Report on vaccination in Madras 1922-1929 - 1922-1929
Year: 1922
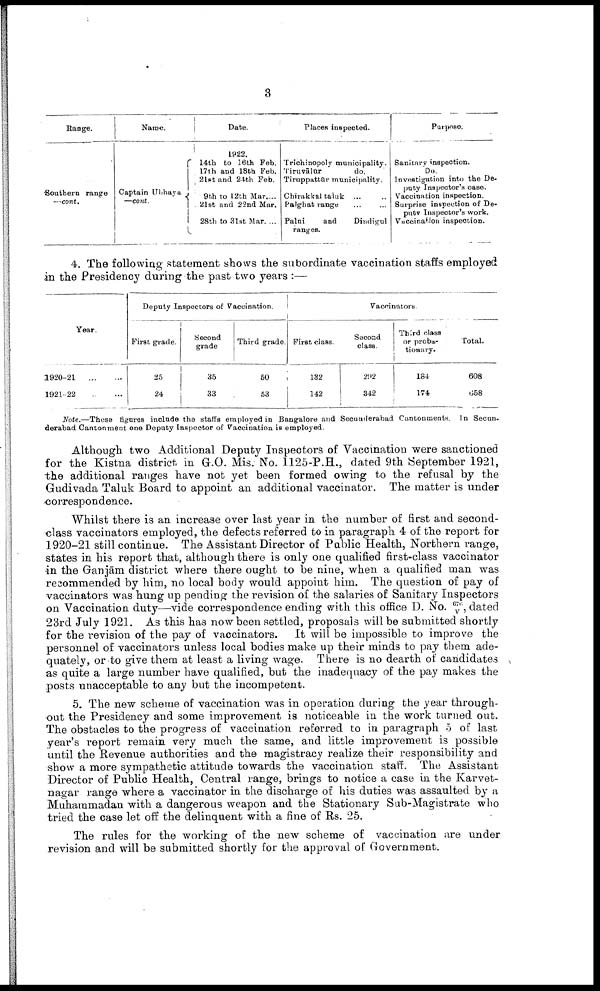
3
Range.
Southern range
—cont.
Name.
Captain Ubhaya
—cont.
Date.
1922.
14th to 16th Feb.
17th and 18th Feb.
21st and 24th Feb.
9th to 12th Mar....
21st and 22nd Mar.
28th to 31st Mar. ...
Places inspected.
Trichinopoly municipality.
Tiruvālūr
do.
Tiruppattūr municipality.
Chirakkal taluk ...
Palghat range ... ...
Palni
and
Dindigul
ranges.
Purpose.
Sanitary inspection.
Do.
Investigation into the De
puty Inspector's case.
Vaccination inspection.
Surprise inspection of De
puty Inspector's work.
Vaccination inspection.
4. The following statement shows the subordinate vaccination staffs employed
in the Presidency during the past two years :—
Year.
1920-21
...
...
1921-22
...
...
Deputy Inspectors of Vaccination.
First grade.
25
24
Second
grade
35
33
Third grade.
50
53
Vaccinators.
First class.
132
142
Second
class.
292
342
Third class
or proba
tionary.
184
174
Total.
608
658
Note.—These figures include the staffs employed in Bangalore and Secunderabad Cantonments. In Secun-
derabad Cantonment one Deputy Inspector of Vaccination is employed.
Although two Additional Deputy Inspectors of Vaccination were sanctioned
for the Kistna district in G.O. Mis. No. 1125-P.H., dated 9th September 1921,
the additional ranges have not yet been formed owing to the refusal by the
Gudivada Taluk Board to appoint an additional vaccinator. The matter is under
correspondence.
Whilst there is an increase over last year in the number of first and second-
class vaccinators employed, the defects referred to in paragraph 4 of the report for
1920-21 still continue. The Assistant Director of Public Health, Northern range,
states in his report that, although there is only one qualified first-class vaccinator
in the Ganjām district where there ought to be nine, when a qualified man was
recommended by him, no local body would appoint him. The question of pay of
vaccinators was hung up pending the revision of the salaries of Sanitary Inspectors
on Vaccination duty—vide correspondence ending with this office D. No. 676/ v, dated
23rd July 1921. As this has now been settled, proposals will be submitted shortly
for the revision of the pay of vaccinators. It will be impossible to improve the
personnel of vaccinators unless local bodies make up their minds to pay them ade
quately, or to give them at least a living wage. There is no dearth of candidates
as quite a large number have qualified, but the inadequacy of the pay makes the
posts unacceptable to any but the incompetent.
5. The new scheme of vaccination was in operation during the year through
out the Presidency and some improvement is noticeable in the work turned out.
The obstacles to the progress of vaccination referred to in paragraph 5 of last
year's report remain very much the same, and little improvement is possible
until the Revenue authorities and the magistracy realize their responsibility and
show a more sympathetic attitude towards the vaccination staff. The Assistant
Director of Public Health, Central range, brings to notice a case in the Karvet-
nagar range where a vaccinator in the discharge of his duties was assaulted by a
Muhammadan with a dangerous weapon and the Stationary Sub-Magistrate who
tried the case let off the delinquent with a fine of Rs. 25.
The rules for the working of the new scheme of vaccination are under
revision and will be submitted shortly for the approval of Government.